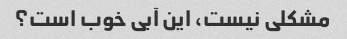
مشکلی نیست، این آبی خوب است؟